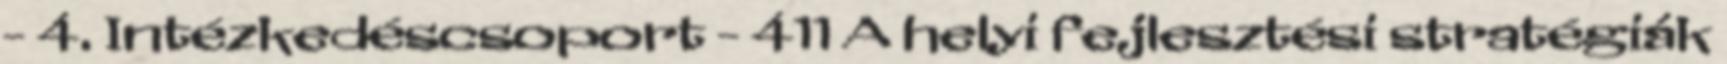
- 4. Intézkedéscsoport - 411 A helyi fejlesztési stratégiák